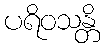
ပရိဝသန္တိ